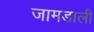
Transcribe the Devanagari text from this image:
जामडाली